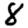
Digit: 8